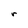
Character: r